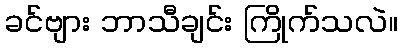
ခင်ဗျား ဘာသီချင်း ကြိုက်သလဲ။